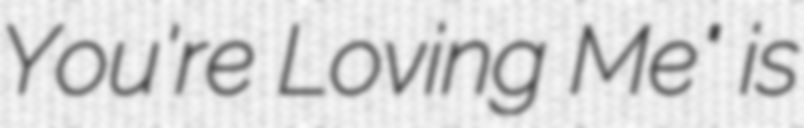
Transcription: You're Loving Me" is